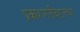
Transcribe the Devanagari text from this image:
प्रकाशगतीबद्दलच्या